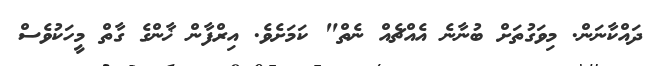
ދައްކާނަން. މިވަގުތަށް ބުނާނެ އެއްޗެއް ނެތް" ކަމަށެވެ. އިރްފާން ޚާންގެ ގާތް މީހަކުވެސް